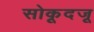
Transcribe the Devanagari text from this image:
सोकूदजू